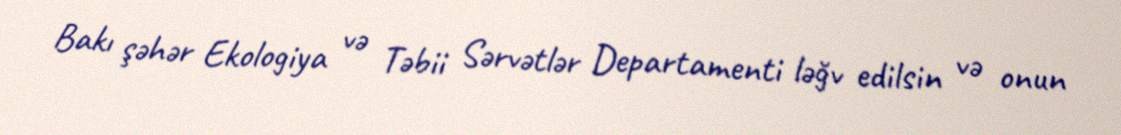
Bakı şəhər Ekologiya və Təbii Sərvətlər Departamenti ləğv edilsin və onun